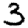
Digit: 3